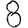
Digit: 8